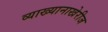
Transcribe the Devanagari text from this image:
व्याख्यानाखेरीज